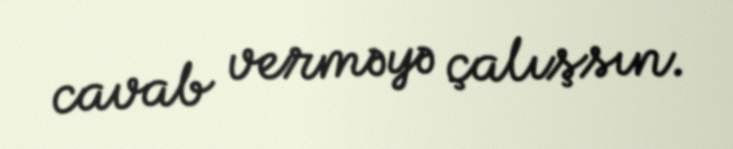
cavab verməyə çalışsın.